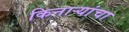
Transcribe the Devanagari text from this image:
किनाऱ्‍यांचा